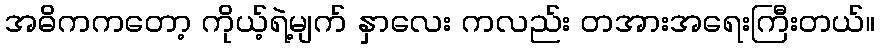
အဓိကကတော့ ကိုယ့်ရဲ့မျက် နှာလေး ကလည်း တအားအရေးကြီးတယ်။